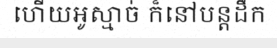
ហើយអូស្មាច់ ក៏នៅបន្តដឹក